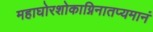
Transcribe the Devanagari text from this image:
महाघोरशोकाग्निनातप्यमानं